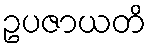
ဥပဇာယတိ